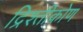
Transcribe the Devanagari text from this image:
द्रिश्तीकोण